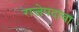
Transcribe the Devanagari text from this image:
राजेपदाचा